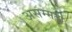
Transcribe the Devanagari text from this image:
असम्मती